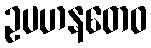
ဥပဟနတေဝ